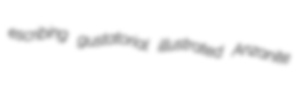
escribing gustatorial illustrated Anzanite